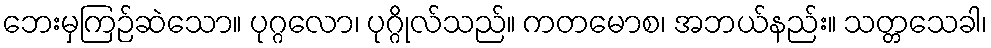
ဘေးမှကြဉ်ဆဲသော။ ပုဂ္ဂလော၊ ပုဂ္ဂိုလ်သည်။ ကတမောစ၊ အဘယ်နည်း။ သတ္တသေခါ၊